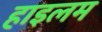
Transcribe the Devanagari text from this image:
हाइलम